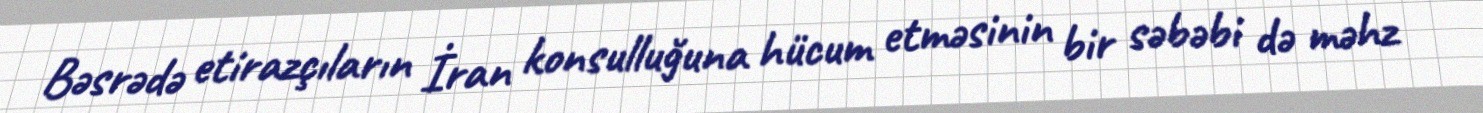
Bəsrədə etirazçıların İran konsulluğuna hücum etməsinin bir səbəbi də məhz